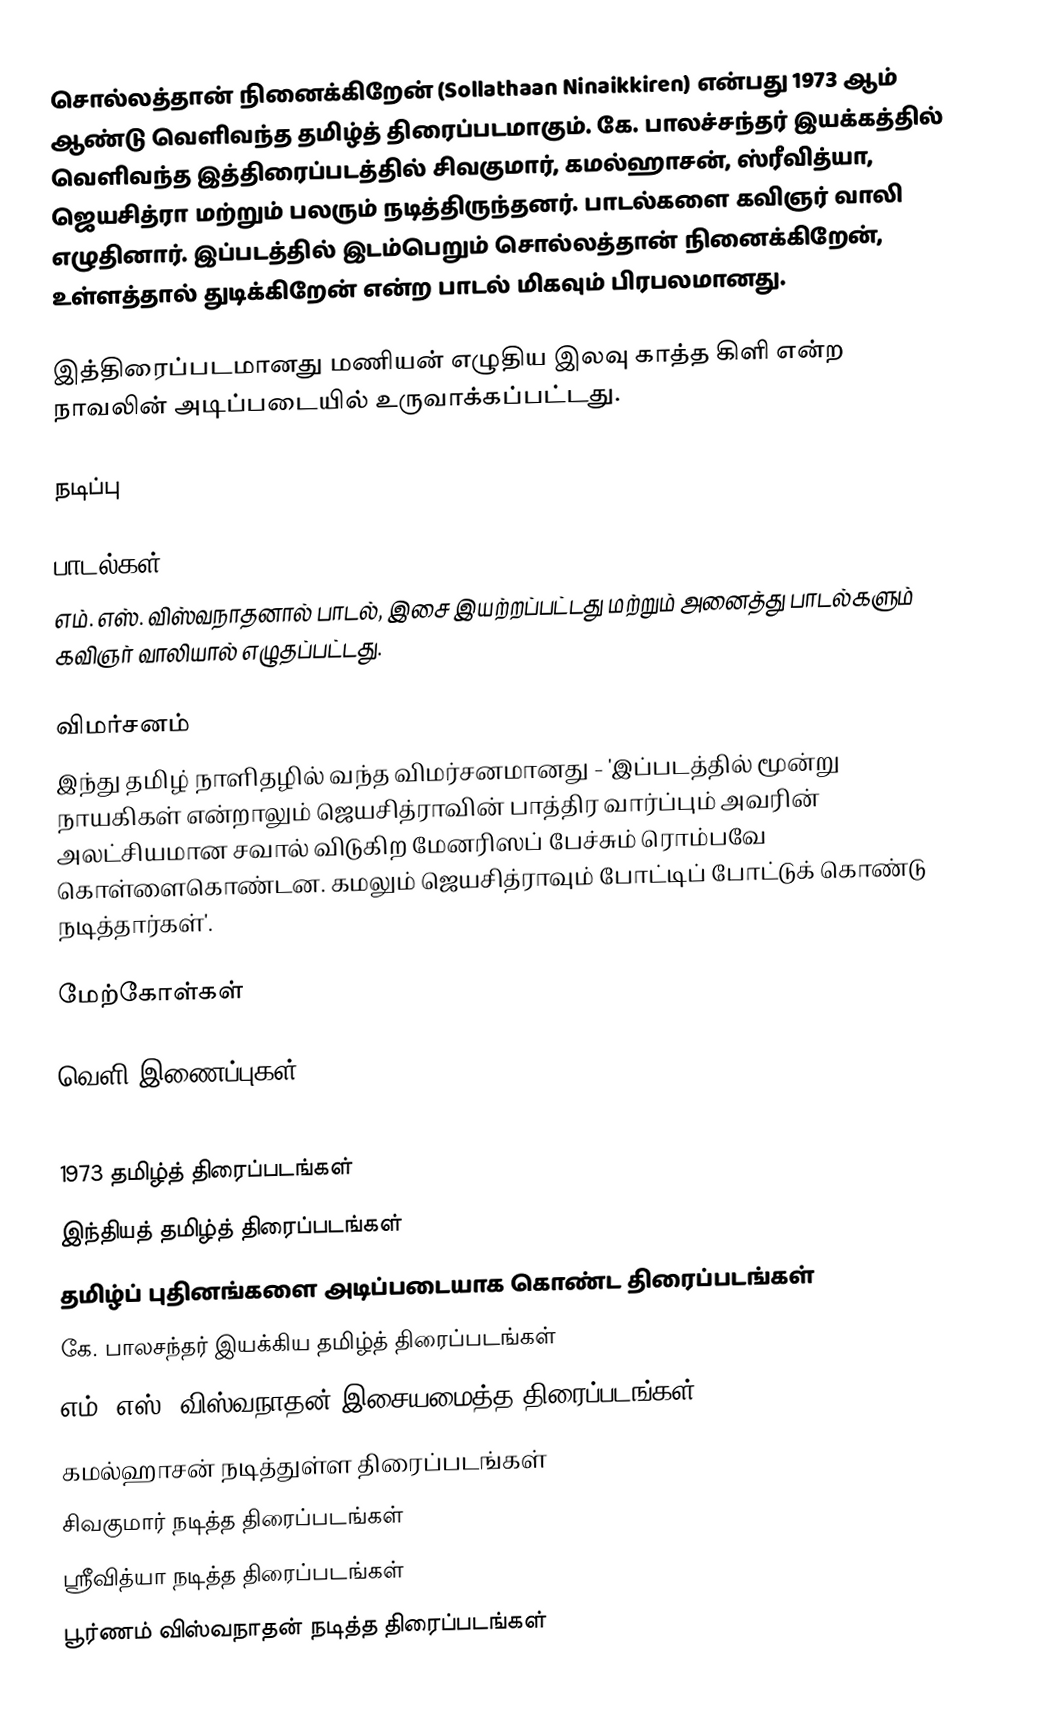
சொல்லத்தான் நினைக்கிறேன் (Sollathaan Ninaikkiren) என்பது 1973 ஆம் ஆண்டு வெளிவந்த தமிழ்த் திரைப்படமாகும். கே. பாலச்சந்தர் இயக்கத்தில் வெளிவந்த இத்திரைப்படத்தில் சிவகுமார், கமல்ஹாசன், ஸ்ரீவித்யா, ஜெயசித்ரா மற்றும் பலரும் நடித்திருந்தனர். பாடல்களை கவிஞர் வாலி எழுதினார். இப்படத்தில் இடம்பெறும் சொல்லத்தான் நினைக்கிறேன், உள்ளத்தால் துடிக்கிறேன் என்ற பாடல் மிகவும் பிரபலமானது.

இத்திரைப்படமானது மணியன் எழுதிய இலவு காத்த கிளி என்ற நாவலின் அடிப்படையில் உருவாக்கப்பட்டது.

நடிப்பு

பாடல்கள்
எம். எஸ். விஸ்வநாதனால் பாடல், இசை இயற்றப்பட்டது மற்றும் அனைத்து பாடல்களும் கவிஞர் வாலியால் எழுதப்பட்டது.

விமர்சனம்
இந்து தமிழ் நாளிதழில் வந்த விமர்சனமானது - 'இப்படத்தில் மூன்று நாயகிகள் என்றாலும் ஜெயசித்ராவின் பாத்திர வார்ப்பும் அவரின் அலட்சியமான சவால் விடுகிற மேனரிஸப் பேச்சும் ரொம்பவே கொள்ளைகொண்டன. கமலும் ஜெயசித்ராவும் போட்டிப் போட்டுக் கொண்டு நடித்தார்கள்'.

மேற்கோள்கள்

வெளி இணைப்புகள்

1973 தமிழ்த் திரைப்படங்கள்
இந்தியத் தமிழ்த் திரைப்படங்கள்
தமிழ்ப் புதினங்களை அடிப்படையாக கொண்ட திரைப்படங்கள்
கே. பாலசந்தர் இயக்கிய தமிழ்த் திரைப்படங்கள்
எம். எஸ். விஸ்வநாதன் இசையமைத்த திரைப்படங்கள்
கமல்ஹாசன் நடித்துள்ள திரைப்படங்கள்
சிவகுமார் நடித்த திரைப்படங்கள்
ஸ்ரீவித்யா நடித்த திரைப்படங்கள்
பூர்ணம் விஸ்வநாதன் நடித்த திரைப்படங்கள்